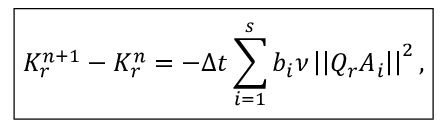
\boxed { K _ { r } ^ { n + 1 } - K _ { r } ^ { n } = - \Delta t \sum _ { i = 1 } ^ { s } b _ { i } \nu \left| \left| Q _ { r } \boldsymbol { A } _ { i } \right| \right| ^ { 2 } , }